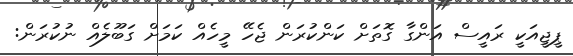
ޕީޖީއަކީ ރައީސް އަންގާ ގޮތަށް ކަންކުރަން ޖެހޭ މީހެއް ކަމަށް ގަބޫލެއް ނުކުރަން: